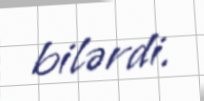
bilərdi.